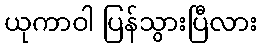
ယုကာဝါ ပြန်သွားပြီလား